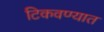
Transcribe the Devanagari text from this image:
टिकवण्यात